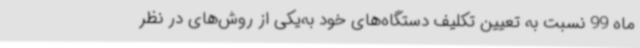
ماه 99 نسبت‌ به تعیین تکلیف دستگاه‌های خود به‌یکی از روش‌های در نظر